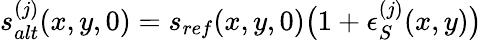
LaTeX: s_{alt}^{(j)}(x,y,0)=s_{ref}(x,y,0)\big(1+\epsilon_{S}^{(j)}(x,y)\big)